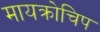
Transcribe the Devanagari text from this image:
मायक्रोचिप